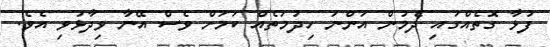
ފުޅާ ގޮތެއްގައި ދެމުން އަންނަ ހިދުމަތެއް ކަމަށް ވެސް އޭނާ ވިދާޅުވި އެވެ.